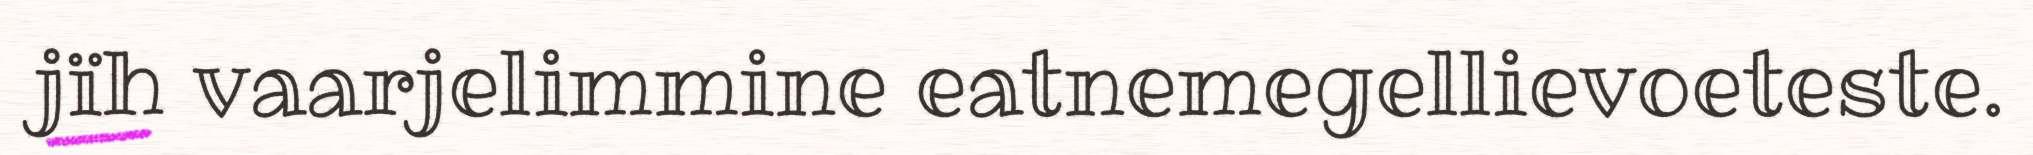
jïh vaarjelimmine eatnemegellievoeteste.